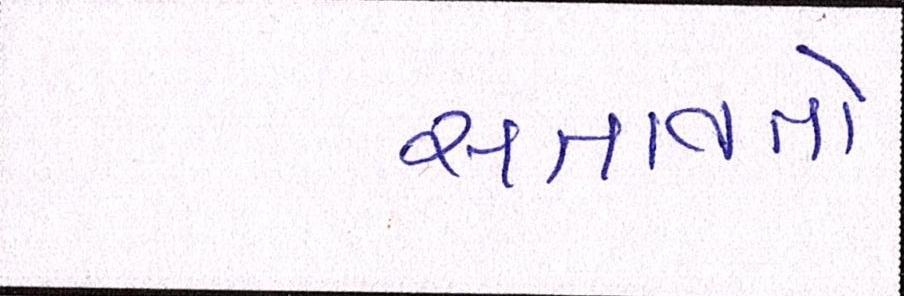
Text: સતાવતો